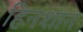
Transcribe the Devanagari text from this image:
हिनशान